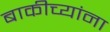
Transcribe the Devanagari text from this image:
बाकीच्यांना